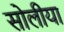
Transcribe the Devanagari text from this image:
सोलीया